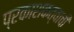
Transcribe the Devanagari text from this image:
प्रकाशकत्वाची